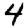
Digit: 4